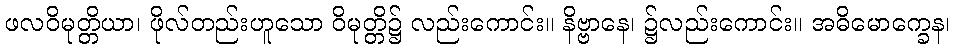
ဖလဝိမုတ္တိယာ၊ ဖိုလ်တည်းဟူသော ဝိမုတ္တိ၌ လည်းကောင်း။ နိဗ္ဗာနေ၊ ၌လည်းကောင်း။ အဓိမောက္ခေန၊